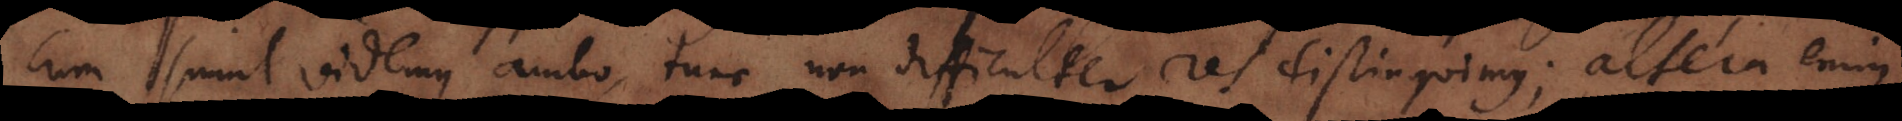
cum simul videmus ambo, tunc non difficulter res distinguimus; altera enim